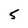
Character: 5